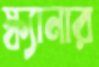
স্ক্যানার